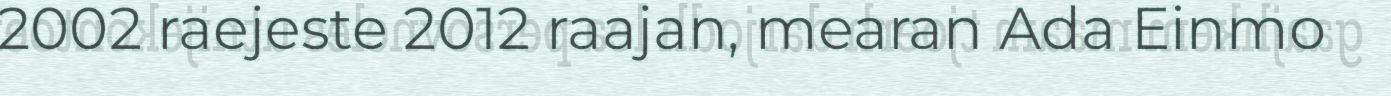
2002 raejeste 2012 raajan, mearan Ada Einmo